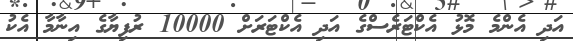
އަދި އެންމެ މޮޅު އެކްޓަރެސްގެ އަދި އެކްޓަރަށް 10000 ރުފިޔާގެ އިނާމާ އެކު